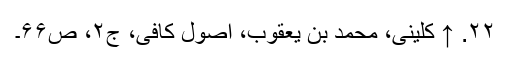
۲۲. ↑ کلینی، محمد بن یعقوب، اصول کافی، ج۲، ص۶۶۔